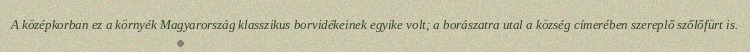
A középkorban ez a környék Magyarország klasszikus borvidékeinek egyike volt; a borászatra utal a község címerében szereplő szőlőfürt is.